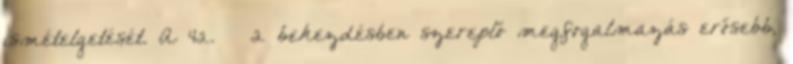
ismételgetését. A 42. § 2 bekezdésben szereplő megfogalmazás erősebb,